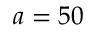
a = 5 0